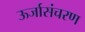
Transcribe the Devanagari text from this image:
ऊर्जासंचरण